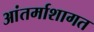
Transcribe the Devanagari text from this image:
आंतर्माशागत